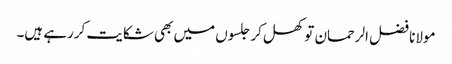
مولانا فضل الرحمان تو کھل کر جلسوں میں بھی شکایت کررہے ہیں۔